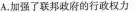
A.加强了联邦政府的行政权力